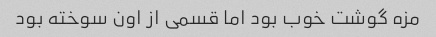
مزه گوشت خوب بود اما قسمی از اون سوخته بود